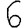
Digit: 6